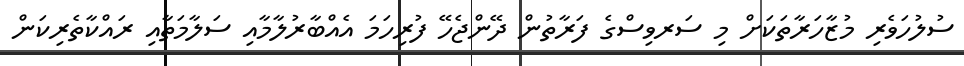
ސުލުހަވެރި މުޒާހަރާތަކަށް މި ސަރވިސްގެ ފަރާތުން ދޭންޖެހޭ ފުރިހަމަ އެއްބާރުލާމާއި ސަލާމަތާއި ރައްކާތެރިކަން